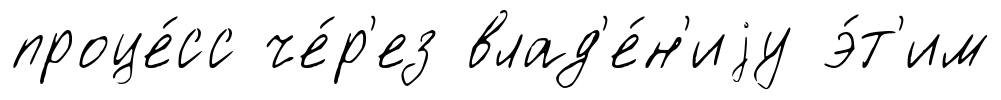
проце́сс че́р'ез влад'е́н'иjу э́т'им